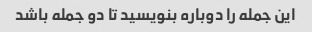
این جمله را دوباره بنویسید تا دو جمله باشد